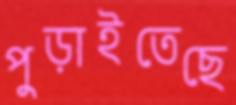
পুড়াইতেছে